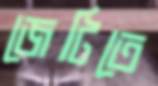
জেটিতে